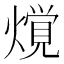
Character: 𰟢